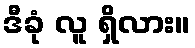
ဒီခုံ လူ ရှိလား။